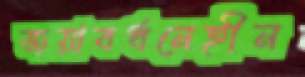
জয়াবর্ধনেহীন